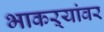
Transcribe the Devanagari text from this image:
भाकऱ्यांवर